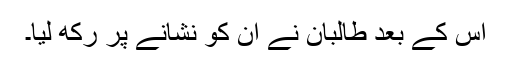
اس کے بعد طالبان نے ان کو نشانے پر رکھ لیا۔